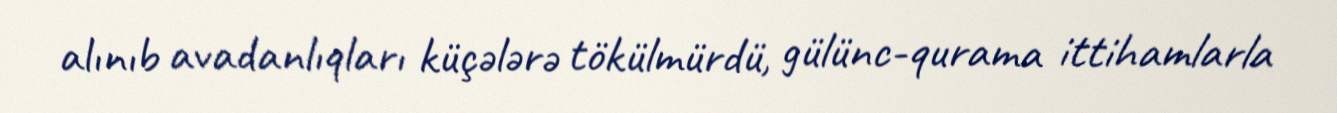
alınıb avadanlıqları küçələrə tökülmürdü, gülünc-qurama ittihamlarla